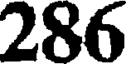
286